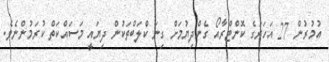
އުމުރުން 27 އަހަރުގެ ކޮންޓްރާއޯ ގެންދިޔުމަށް ގިނަ ކްލަބްތަކުން ދިޔައީ މަސައްކަތް ކުރަމުންނެވެ.